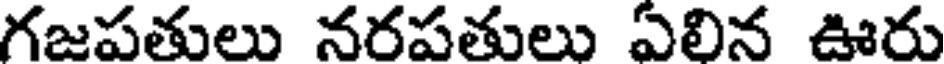
గజపతులు నరపతులు ఏలిన ఊరు